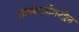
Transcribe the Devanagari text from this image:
रावबाजीवरील